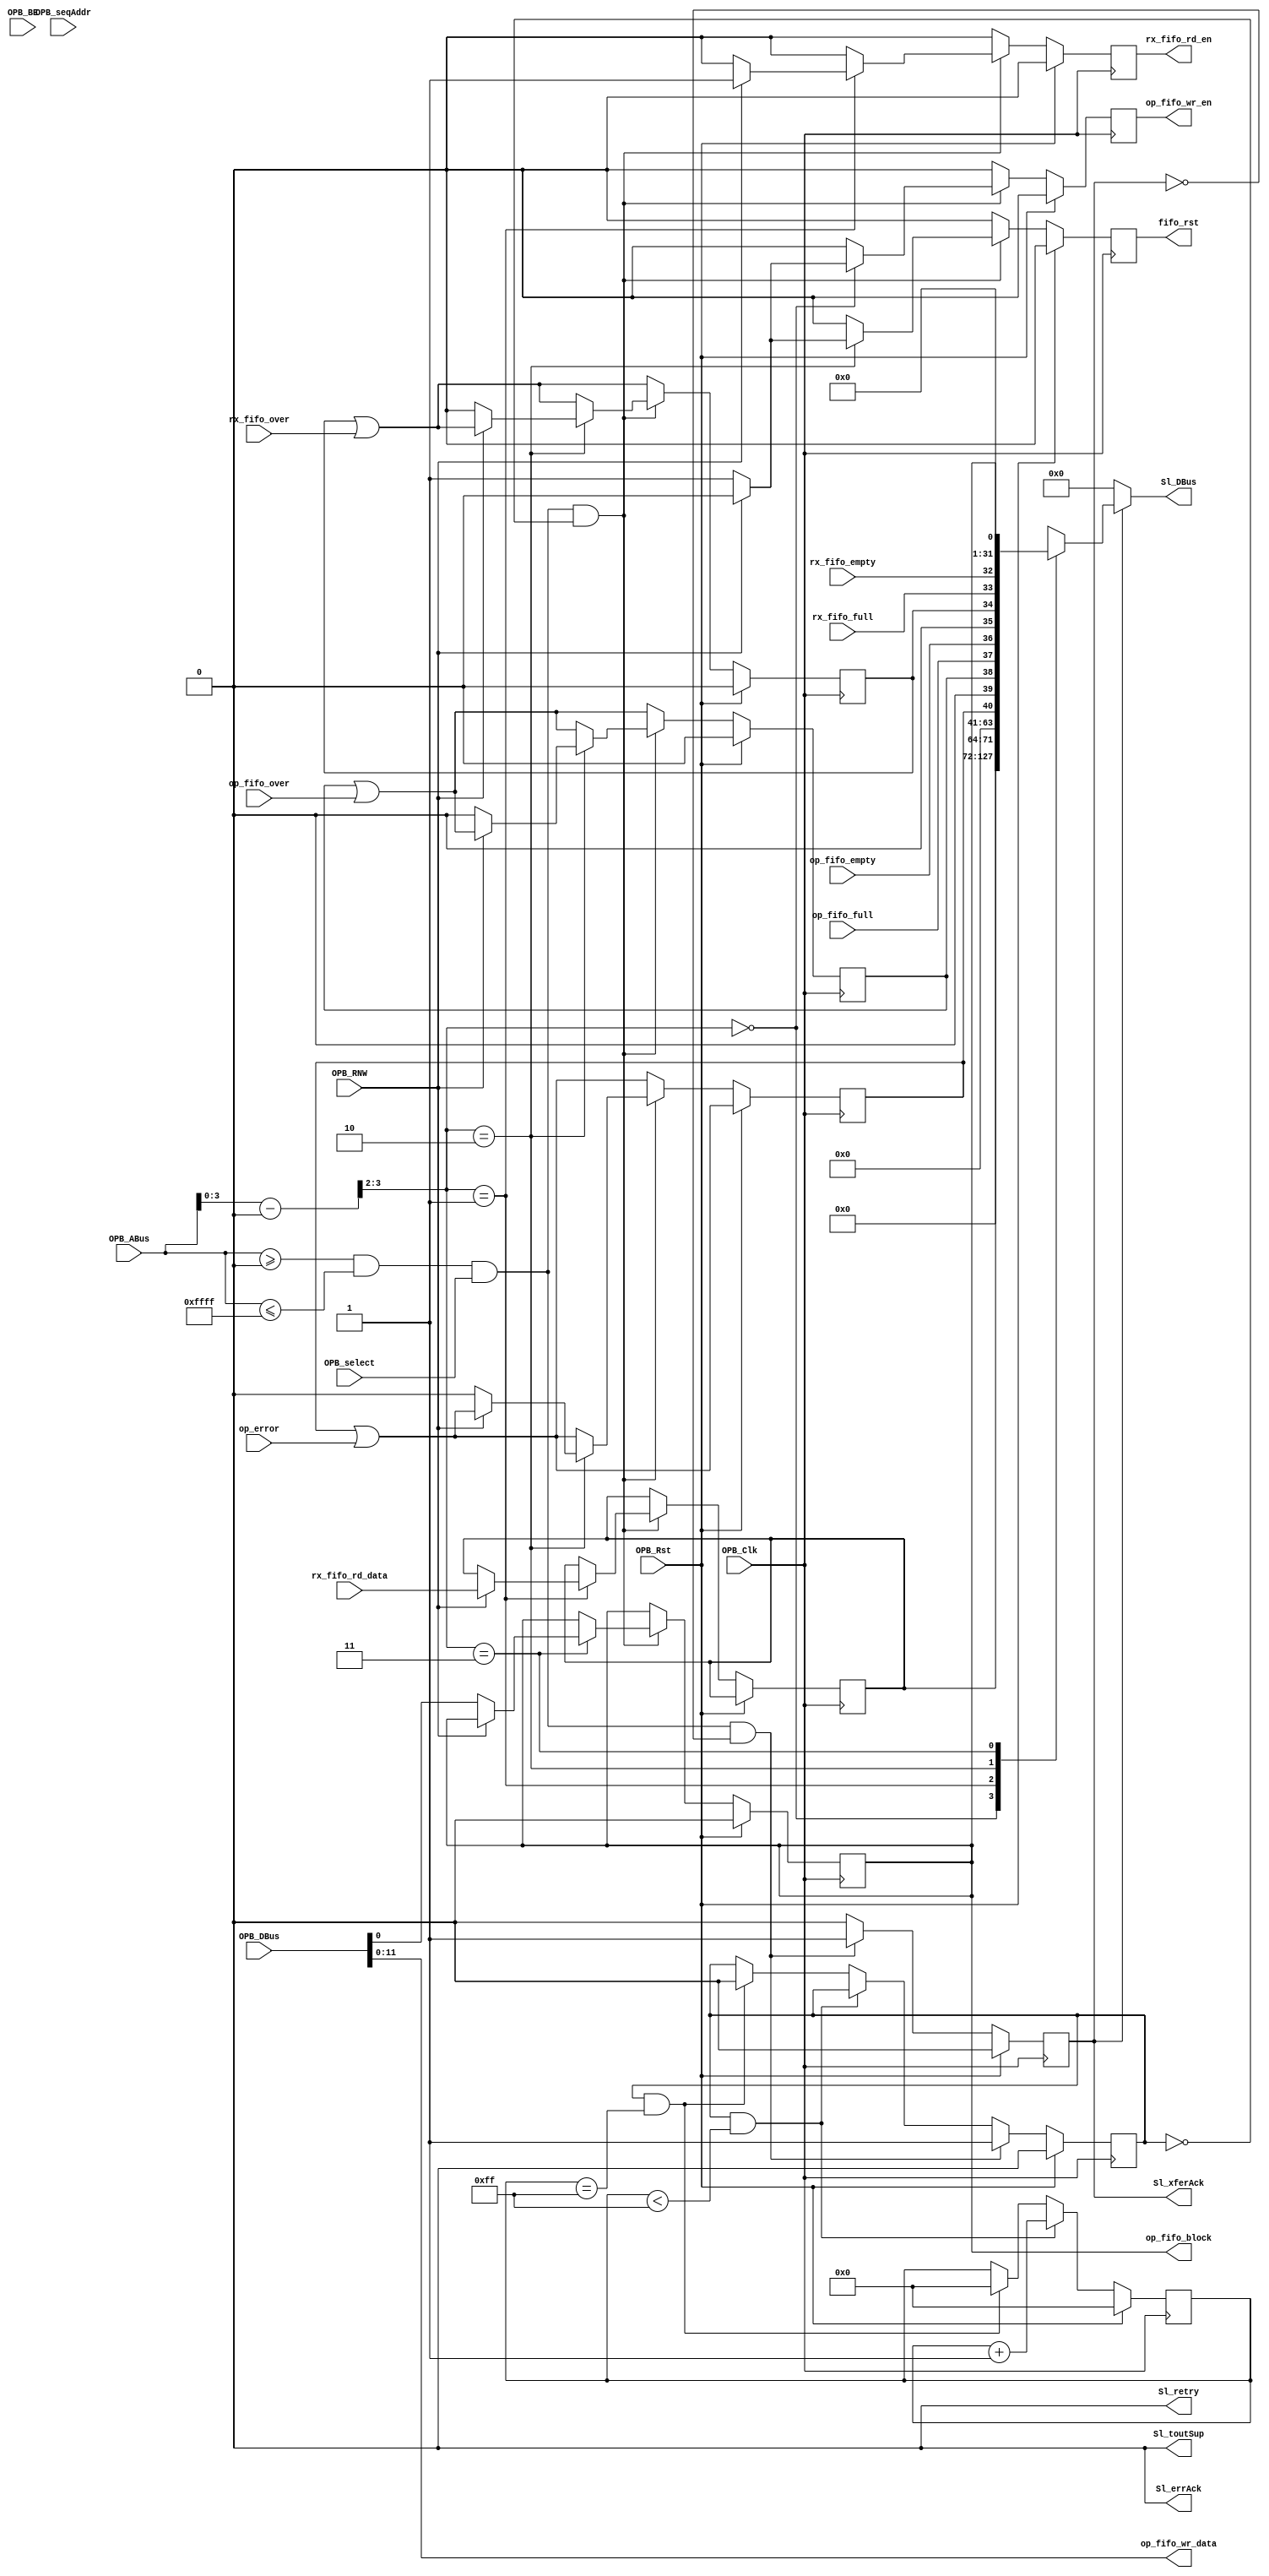
`timescale 1ns/1ps
module opb_attach #(
    parameter C_BASEADDR    = 32'h00000000,
    parameter C_HIGHADDR    = 32'h0000FFFF,
    parameter C_OPB_AWIDTH  = 32,
    parameter C_OPB_DWIDTH  = 32
  ) (
    input         OPB_Clk,
    input         OPB_Rst,
    output [0:31] Sl_DBus,
    output        Sl_errAck,
    output        Sl_retry,
    output        Sl_toutSup,
    output        Sl_xferAck,
    input  [0:31] OPB_ABus,
    input  [0:3]  OPB_BE,
    input  [0:31] OPB_DBus,
    input         OPB_RNW,
    input         OPB_select,
    input         OPB_seqAddr,

    /**** IIC operations fifo controls *****/
    output        op_fifo_wr_en,
    output [11:0] op_fifo_wr_data,
    input         op_fifo_empty,
    input         op_fifo_full,
    input         op_fifo_over,

    /**** Receive data fifo controls *****/
    output        rx_fifo_rd_en,
    input   [7:0] rx_fifo_rd_data,
    input         rx_fifo_empty,
    input         rx_fifo_full,
    input         rx_fifo_over,
    /***** reset for both fifos *****/
    output        fifo_rst,
    /**** In high latency environment we need to block the op fifo
          in order to string together long IIC commands ****/
    output        op_fifo_block,
    /***** Was there an error during the IIC operation */
    input         op_error
  );

  /************* OPB Attach ***************/

  localparam REG_OP_FIFO = 0;
  localparam REG_RX_FIFO = 1;
  localparam REG_STATUS  = 2;
  localparam REG_CTRL    = 3;

  reg op_fifo_over_reg;
  reg rx_fifo_over_reg;

  reg op_fifo_wr_en_reg;
  assign op_fifo_wr_en = op_fifo_wr_en_reg;
  reg rx_fifo_rd_en_reg;
  assign rx_fifo_rd_en = rx_fifo_rd_en_reg;

  reg op_error_reg;

  wire addr_match = OPB_ABus >= C_BASEADDR && OPB_ABus <= C_HIGHADDR;
  wire [31:0] local_addr = OPB_ABus - C_BASEADDR;

  reg Sl_xferAck_reg;

  reg fifo_rst_reg;
  assign fifo_rst = fifo_rst_reg;

  reg op_fifo_block_reg;
  assign op_fifo_block = op_fifo_block_reg;

  reg op_start,op_start1,op_busy;

  reg [7:0] busy_cnt,rx_fifo_rd_dataR;

  always @(posedge OPB_Clk) begin
    // Single cycle strobes
    Sl_xferAck_reg    <= 1'b0;    
    fifo_rst_reg      <= 1'b0;
    op_fifo_wr_en_reg <= 1'b0;
    rx_fifo_rd_en_reg <= 1'b0;

    // Latch contents high
    op_error_reg     <= op_error_reg | op_error;
    op_fifo_over_reg <= op_fifo_over_reg | op_fifo_over;
    rx_fifo_over_reg <= rx_fifo_over_reg | rx_fifo_over;

    op_start <= addr_match & OPB_select;
    op_start1 <= op_start;

    if (op_busy && (busy_cnt < 8'hff)) 
      busy_cnt <= busy_cnt + 1'b1;
    else if (op_busy && (busy_cnt == 8'hff)) begin
      op_busy <= 1'b0;  
      busy_cnt <= 8'h00;
    end

    if (OPB_Rst) begin
      op_fifo_over_reg  <= 1'b0;
      rx_fifo_over_reg  <= 1'b0;
      op_fifo_block_reg <= 1'b0;
      op_start          <= 1'b0;
      op_start1         <= 1'b0;
      op_busy           <= 1'b0;
      busy_cnt          <= 8'h00;
    end else begin
      if (addr_match && OPB_select && !Sl_xferAck_reg) begin
        Sl_xferAck_reg <= 1'b1;
        op_busy <= 1'b1;
      end
      if (addr_match && OPB_select && !op_busy) begin
        case (local_addr[3:2])
          REG_OP_FIFO: begin
            if (!OPB_RNW) begin
              op_fifo_wr_en_reg <= 1'b1;
            end
          end
          REG_RX_FIFO: begin
            if (OPB_RNW) begin
              rx_fifo_rd_en_reg <= 1'b1;
              rx_fifo_rd_dataR <= rx_fifo_rd_data;
            end
          end
          REG_STATUS: begin
            if (!OPB_RNW) begin
              fifo_rst_reg     <= 1'b1;
              op_fifo_over_reg <= 1'b0;
              rx_fifo_over_reg <= 1'b0;
              op_error_reg     <= 1'b0;
            end
          end
          REG_CTRL: begin
            if (!OPB_RNW) begin
              op_fifo_block_reg <= OPB_DBus[31];
            end
          end
        endcase
      end
    end
  end

  reg [31:0] opb_dout;
  always @(*) begin
    case (local_addr[3:2])
      REG_OP_FIFO: begin
        opb_dout <= 32'b0;
      end
      REG_RX_FIFO: begin
        opb_dout <= {24'b0, rx_fifo_rd_dataR};
      end
      REG_STATUS: begin
        opb_dout <= {16'b0, 7'b0, op_error_reg, 1'b0, op_fifo_over_reg, op_fifo_full, op_fifo_empty, 1'b0, rx_fifo_over_reg, rx_fifo_full, rx_fifo_empty};
      end
      REG_CTRL: begin
        opb_dout <= {31'b0, op_fifo_block_reg};
      end
      default: begin
        opb_dout <= 32'b0;
      end
    endcase
  end

  assign Sl_DBus = Sl_xferAck_reg ? opb_dout : 32'b0;
  assign Sl_errAck = 1'b0;
  assign Sl_retry = 1'b0;
  assign Sl_toutSup = 1'b0;
  assign Sl_xferAck = Sl_xferAck_reg;

  /* OPB fifo assignments */
  assign op_fifo_wr_data = OPB_DBus[20:31];

endmodule